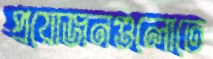
প্রয়োজনগুলোতে